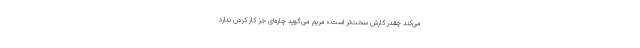
می‌کند چقدر کارش سخت‌تر است.» مریم می‌گوید چاره‌ای جز کار کردن ندارد